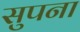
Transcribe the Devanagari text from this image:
सुपना